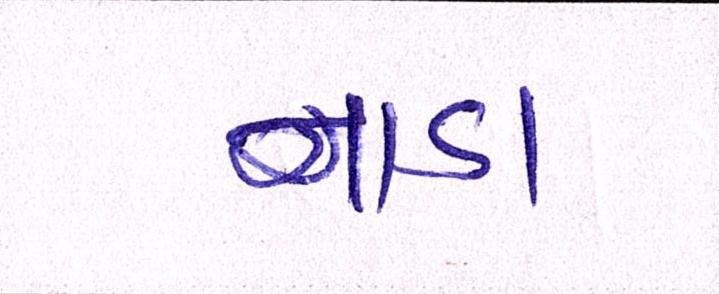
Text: નાડા